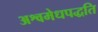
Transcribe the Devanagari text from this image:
अश्वमेधपद्धति